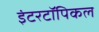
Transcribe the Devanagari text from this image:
इंटरटॉपिकल